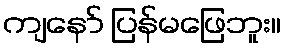
ကျနော် ပြန်မဖြေဘူး။